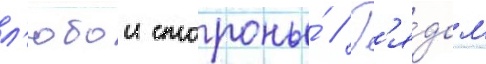
л'юбои стороны́ // Р'я́дом